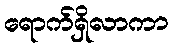
ရောက်ရှိလာကာ